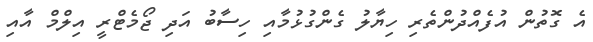
އެ ގޮތުން އުފެއްދުންތެރި ހިޔާލު ގެންގުޅުމާއި ހިސާބު އަދި ޖޯމެޓްރީ އިލްމް އާއި